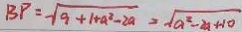
B P = \sqrt { 9 + 1 + a ^ { 2 } - 2 a } = \sqrt { a ^ { 2 } - 2 a + 1 0 }